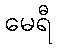
မေရီ